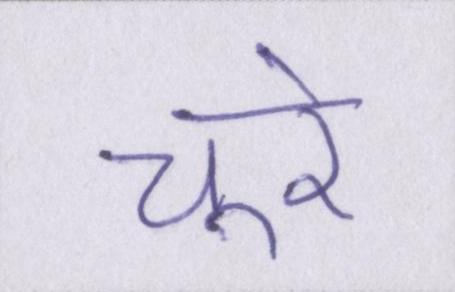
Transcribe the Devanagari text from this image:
चूरे